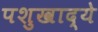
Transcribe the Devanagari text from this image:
पशुखाद्ये